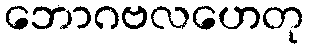
ဘောဂဗလဟေတု